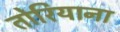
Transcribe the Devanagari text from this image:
तोरियाना